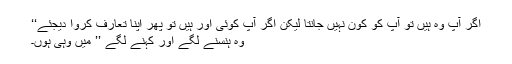
اگر آپ وہ ہیں تو آپ کو کون نہیں جانتا لیکن اگر آپ کوئی اور ہیں تو پھر اپنا تعارف کروا دیجئے‘‘
وہ ہنسنے لگے اور کہنے لگے ’’ میں وہی ہوں۔